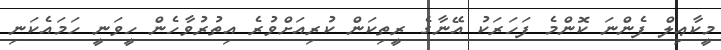
މީކާޢިލް ފެންނަ ކޮންމެ ފަހަރަކު އޭނާގެ ރީތިކަން ކުރިއަށްވުރެ އިތުރުވާހެން ހީވަނީ ހަމައެކަނި